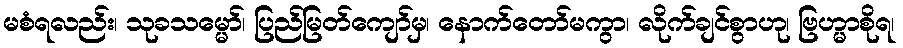
မစံရလည်း၊ သုခသမ္မော်၊ ပြည်မြတ်ကျော်မှ၊ နောက်တော်မကွာ၊ လိုက်ချင်စွာဟု၊ ဗြဟ္မာစိုရ၊